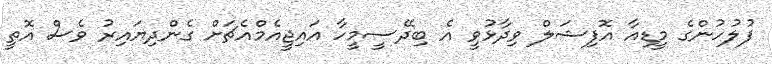
ފުލުހުންގެ މީޑިއާ އޮފިޝަލް ވިދާޅުވީ އެ ބިދޭސީމީހާ އައިޖީއެމްއެޗަށް ގެންދިޔައިރު ވެސް އޮތީ